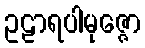
ဥဠာရပါမုဇ္ဇော